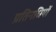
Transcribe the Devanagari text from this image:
प्रतिनधियों